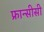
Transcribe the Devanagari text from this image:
फ्रान्सीसी